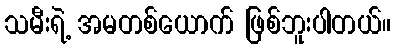
သမီးရဲ့ အမတစ်ယောက် ဖြစ်ဘူးပါတယ်။